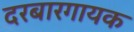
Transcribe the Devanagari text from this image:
दरबारगायक